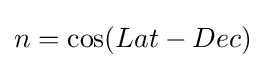
n=\cos(Lat-Dec)